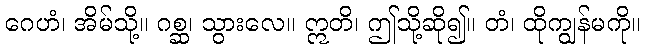
ဂေဟံ၊ အိမ်သို့။ ဂစ္ဆ၊ သွားလေ။ ဣတိ၊ ဤသို့ဆို၍။ တံ၊ ထိုကျွန်မကို။